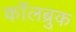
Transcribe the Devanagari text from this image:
कॉलब्रुक